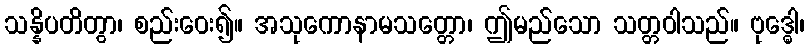
သန္နိပတိတွာ၊ စည်းဝေး၍။ အသုကောနာမသတ္တော၊ ဤမည်သော သတ္တဝါသည်။ ဗုဒ္ဓေါ၊